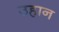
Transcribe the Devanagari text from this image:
उहान